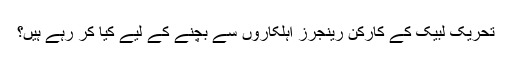
تحریک لبیک کے کارکن رینجرز اہلکاروں سے بچنے کے لیے کیا کر رہے ہیں؟